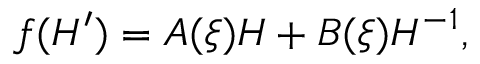
f ( H ^ { \prime } ) = A ( \xi ) H + B ( \xi ) H ^ { - 1 } ,